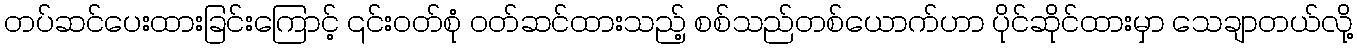
တပ်ဆင်ပေးထားခြင်းကြောင့် ၎င်းဝတ်စုံ ဝတ်ဆင်ထားသည့် စစ်သည်တစ်ယောက်ဟာ ပိုင်ဆိုင်ထားမှာ သေချာတယ်လို့